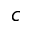
c